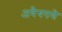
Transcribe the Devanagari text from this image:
अवैधपणे